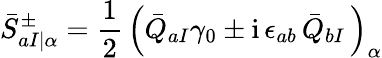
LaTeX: {\bar{S}}_{aI\vert\alpha}^{\pm}=\frac{1}{2}\, \left({\bar{Q}}_{aI}\gamma_{0}\pm\mathrm{i}\, \epsilon_{ab}\, {\bar{Q}}_{bI}\, \right)_{\alpha}